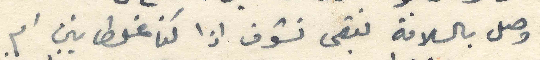
وصل بالسلامة نبقى نشوف اذا كنا غلطانين ام